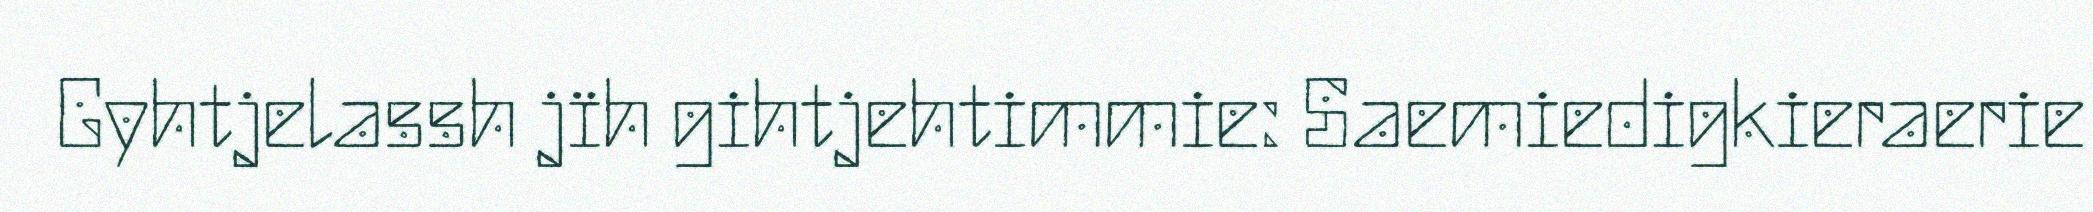
Gyhtjelassh jïh gihtjehtimmie: Saemiedigkieraerie